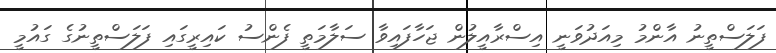
ފަލަސްތީނު އާންމު މިއަދުވަނީ އިސްރާއީލުން ޖަހާފައިވާ ސަލާމަތީ ފެންސު ކައިރީގައި ފަލަސްތީނުގެ ގައުމީ